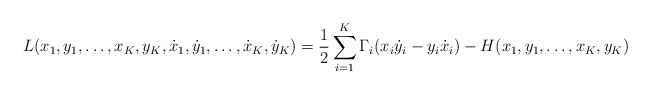
\begin{align*}L(x_1,y_1,\ldots,x_K,y_K,\dot x_1, \dot y_1,\ldots,\dot x_K,\dot y_K) = \frac{1}{2} \sum_{i=1}^K \Gamma_i (x_i \dot y_i - y_i \dot x_i) - H(x_1,y_1,\ldots,x_K,y_K)\end{align*}